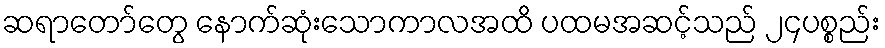
ဆရာတော်တွေ နောက်ဆုံးသောကာလအထိ ပထမအဆင့်သည် ၂၄ပစ္စည်း